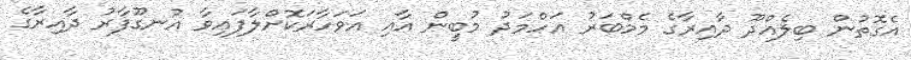
އެގޮތުން ބިލެއްދޫ ދާއިރާގެ މެމްބަރު އަހްމަދު މުބީން އާއި އަވަހާރަކޮށްލާފައިވާ އުނގޫފާރު ދާއިރާގެ